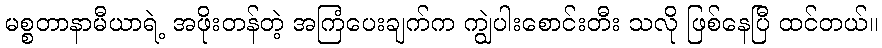
မစ္စတာနာမီယာရဲ့ အဖိုးတန်တဲ့ အကြံပေးချက်က ကျွဲပါးစောင်းတီး သလို ဖြစ်နေပြီ ထင်တယ်။